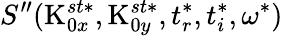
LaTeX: S^{\prime\prime}(\textrm{K}_{0x}^{st*},\textrm{K}_{0y}^{st*},t_{r}^{*},t_{i}^{*},\omega^{*})